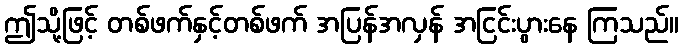
ဤသို့ဖြင့် တစ်ဖက်နှင့်တစ်ဖက် အပြန်အလှန် အငြင်းပွားနေ ကြသည်။